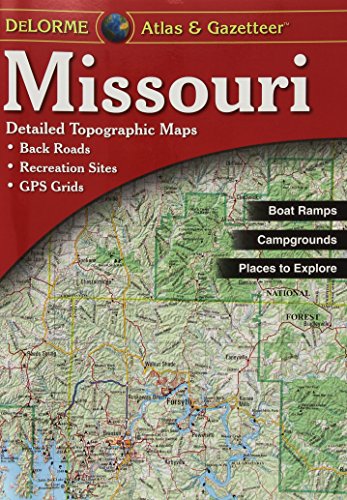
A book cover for Missouri Atlas & Gazetteer; DeLorme; Reference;